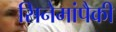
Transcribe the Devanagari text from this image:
सिनेमांपैकी